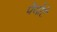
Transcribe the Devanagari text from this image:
पेयोटे